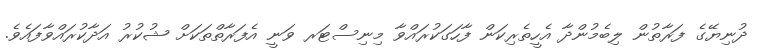
ދުނިޔޭގެ ފަރާތުން ލިބެމުންދާ އެހީތެރިކަން ފާހަގަކުރައްވާ މިނިސްޓަރ ވަނީ އެފަރާތްތަކަށް ޝުކުރު އަދާކުރައްވާފައެވެ.